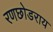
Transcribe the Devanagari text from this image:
रणछोडराय